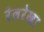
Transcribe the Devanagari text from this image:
रेलरेखा